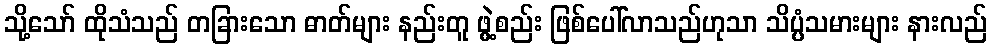
သို့သော် ထိုသံသည် တခြားသော ဓာတ်များ နည်းတူ ဖွဲ့စည်း ဖြစ်ပေါ်လာသည်ဟုသာ သိပ္ပံသမားများ နားလည်